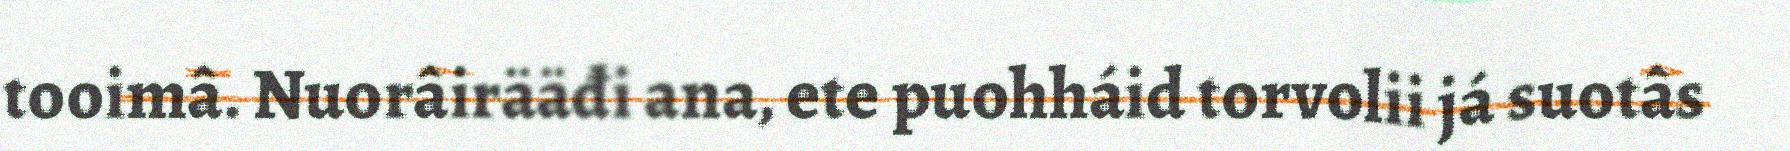
tooimâ. Nuorâirääđi ana, ete puohháid torvolii já suotâs